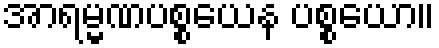
အာရမ္မဏပစ္စယေန ပစ္စယော။